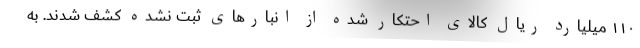
۱۱۰ میلیارد ریال کالای احتکار شده از انبارهای ثبت نشده کشف شدند. به